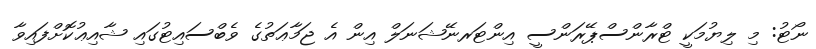
ނޯޓު: މި ލިޔުމަކީ ޓްރާންސްޕޭރަންސީ އިންޓަރނޭޝަނަލް އިން އެ ޖަމާޢަތުގެ ވެބްސައިޓުގައި ޝާއިޢުކޮށްފައިވާ